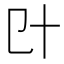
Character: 𠥿